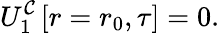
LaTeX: U_{1}^{\mathcal{C}}\left[r=r_{0},\tau\right]=0.